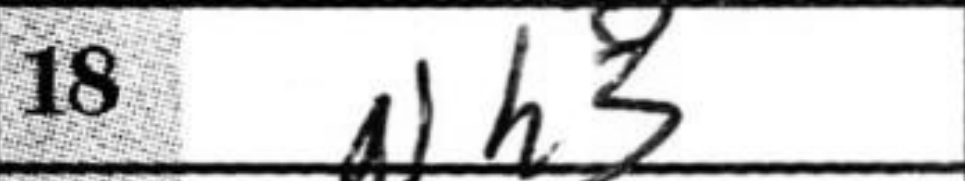
Transcription: Nh3